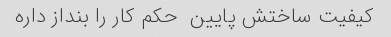
کیفیت ساختش پایین  حکم کار را بنداز داره